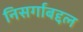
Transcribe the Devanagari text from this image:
निसर्गाबद्दल